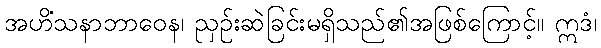
အဟိံသနာဘာဝေန၊ ညှဉ်းဆဲခြင်းမရှိသည်၏အဖြစ်ကြောင့်။ ဣဒံ၊